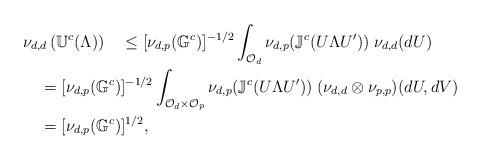
LaTeX: \begin{align*}&\nu_{d,d} \left( \mathbb U^c(\Lambda)\right) \quad\le[\nu_{d,p}(\mathbb G^c)]^{-1/2} \int_{\mathcal O_d}\nu_{d,p}(\mathbb J^c(U\Lambda U'))\;\nu_{d,d} (dU)\\&\quad=[\nu_{d,p}(\mathbb G^c)]^{-1/2} \int_{\mathcal O_d\times \mathcal O_p}\nu_{d,p}(\mathbb J^c(U\Lambda U'))\;(\nu_{d,d}\otimes \nu_{p,p}) (dU,dV)\\&\quad=[\nu_{d,p}(\mathbb G^c)]^{1/2},\end{align*}